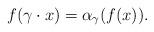
LaTeX: \begin{align*} f(\gamma \cdot x)= \alpha_{\gamma}(f(x)).\end{align*}